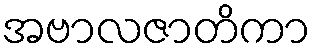
အဗာလဇာတိကာ